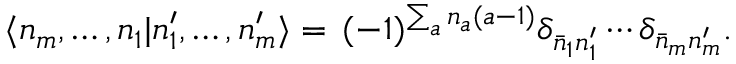
\langle n _ { m } , \ldots , n _ { 1 } | n _ { 1 } ^ { \prime } , \ldots , n _ { m } ^ { \prime } \rangle = \, ( - 1 ) ^ { \sum _ { a } n _ { a } ( a - 1 ) } \delta _ { \bar { n } _ { 1 } n _ { 1 } ^ { \prime } } \cdots \delta _ { \bar { n } _ { m } n _ { m } ^ { \prime } } .